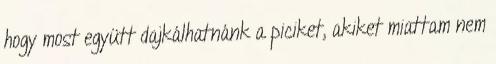
hogy most együtt dajkálhatnánk a piciket, akiket miattam nem